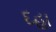
દહા